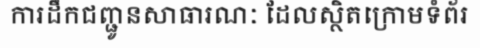
ការដឹកជញ្ជូនសាធារណៈ ដែលស្ថិតក្រោមទំព័រ